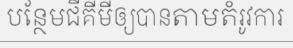
បន្ថែមជីគីមីឲ្យបានតាមតំរូវការ